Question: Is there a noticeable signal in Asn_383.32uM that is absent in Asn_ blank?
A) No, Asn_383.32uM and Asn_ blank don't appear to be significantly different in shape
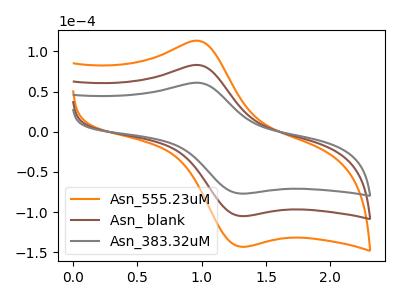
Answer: <think>The orange curve "Asn_555.23uM" has an anodic peak at (1.00V, 165.30uA) and a cathodic peak at (1.35V, -209.80uA). The brown curve "Asn_ blank" has an anodic peak at (1.00V, 82.65uA) and a cathodic peak at (1.35V, -104.90uA). The gray curve "Asn_383.32uM" has an anodic peak at (1.00V, 60.65uA) and a cathodic peak at (1.35V, -76.95uA).
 All the peaks in "Asn_383.32uM" have a peak in "Asn_ blank" at the same potential. Every peak in "Asn_383.32uM" is lower than every peak in "Asn_ blank".</think>
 <answer>A) No, "Asn_383.32uM" and "Asn_ blank" don't appear to be significantly different in shape</answer>
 <eval>A</eval>